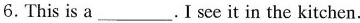
6.This is a___.I see it in the kitchen.